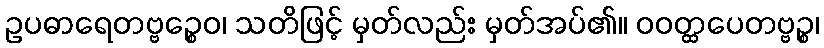
ဥပဓာရေတဗ္ဗဉ္စေဝ၊ သတိဖြင့် မှတ်လည်း မှတ်အပ်၏။ ဝဝတ္ထပေတဗ္ဗဉ္စ၊